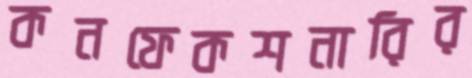
কনফেকশনারির